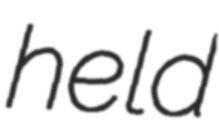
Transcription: held